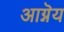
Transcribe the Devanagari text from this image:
आग्नॆय